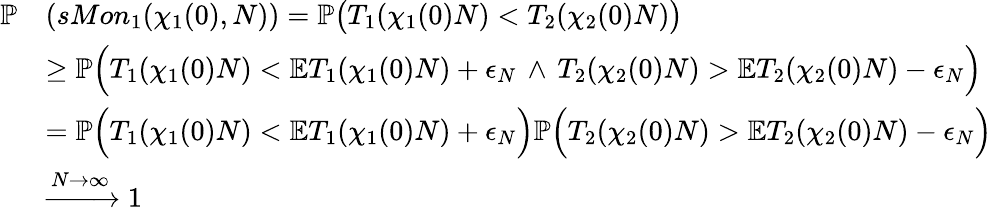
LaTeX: \begin{array}{rl}{\mathbb{P}}&{(sMon_{1}(\chi_{1}(0),N))=\mathbb{P}\big(T_{1}(\chi_{1}(0)N)<T_{2}(\chi_{2}(0)N)\big)}\\ &{\ge\mathbb{P}\Big(T_{1}(\chi_{1}(0)N)<\mathbb{E}T_{1}(\chi_{1}(0)N)+\epsilon_{N}\, \wedge\, T_{2}(\chi_{2}(0)N)>\mathbb{E}T_{2}(\chi_{2}(0)N)-\epsilon_{N}\Big)}\\ &{=\mathbb{P}\Big(T_{1}(\chi_{1}(0)N)<\mathbb{E}T_{1}(\chi_{1}(0)N)+\epsilon_{N}\Big)\mathbb{P}\Big(T_{2}(\chi_{2}(0)N)>\mathbb{E}T_{2}(\chi_{2}(0)N)-\epsilon_{N}\Big)}\\ &{\xrightarrow{N\to\infty}1}\end{array}